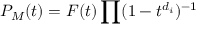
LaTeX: P _ { M } ( t ) = F ( t ) \prod ( 1 - t ^ { d _ { i } } ) ^ { - 1 }